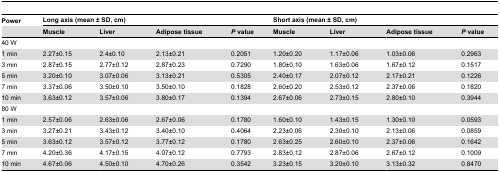
<table><thead><tr><td><b>Power</b></td><td colspan="4"><b>Long axis (mean ± SD, cm)</b></td><td colspan="4"><b>Short axis (mean ± SD, cm)</b></td></tr><tr><td></td><td><b>Muscle</b></td><td><b>Liver</b></td><td><b>Adipose tissue</b></td><td><b><i>P</i> value</b></td><td><b>Muscle</b></td><td><b>Liver</b></td><td><b>Adipose tissue</b></td><td><b><i>P</i> value</b></td></tr></thead><tbody><tr><td>40 W</td><td></td><td></td><td></td><td></td><td></td><td></td><td></td><td></td></tr><tr><td>1 min</td><td>2.27±0.15</td><td>2.4±0.10</td><td>2.13±0.21</td><td>0.2051</td><td>1.20±0.20</td><td>1.17±0.06</td><td>1.03±0.06</td><td>0.2963</td></tr><tr><td>3 min</td><td>2.87±0.15</td><td>2.77±0.12</td><td>2.87±0.23</td><td>0.7290</td><td>1.80±0.10</td><td>1.63±0.06</td><td>1.67±0.12</td><td>0.1517</td></tr><tr><td>5 min</td><td>3.20±0.10</td><td>3.07±0.06</td><td>3.13±0.21</td><td>0.5305</td><td>2.40±0.17</td><td>2.07±0.12</td><td>2.17±0.21</td><td>0.1226</td></tr><tr><td>7 min</td><td>3.37±0.06</td><td>3.50±0.10</td><td>3.50±0.10</td><td>0.1828</td><td>2.60±0.20</td><td>2.53±0.12</td><td>2.37±0.06</td><td>0.1820</td></tr><tr><td>10 min</td><td>3.63±0.12</td><td>3.57±0.06</td><td>3.80±0.17</td><td>0.1394</td><td>2.67±0.06</td><td>2.73±0.15</td><td>2.80±0.10</td><td>0.3944</td></tr><tr><td>80 W</td><td></td><td></td><td></td><td></td><td></td><td></td><td></td><td></td></tr><tr><td>1 min</td><td>2.57±0.06</td><td>2.63±0.06</td><td>2.67±0.06</td><td>0.1780</td><td>1.60±0.10</td><td>1.43±0.15</td><td>1.30±0.10</td><td>0.0593</td></tr><tr><td>3 min</td><td>3.27±0.21</td><td>3.43±0.12</td><td>3.40±0.10</td><td>0.4064</td><td>2.23±0.06</td><td>2.30±0.10</td><td>2.13±0.06</td><td>0.0859</td></tr><tr><td>5 min</td><td>3.63±0.12</td><td>3.57±0.12</td><td>3.77±0.12</td><td>0.1780</td><td>2.63±0.25</td><td>2.60±0.10</td><td>2.37±0.06</td><td>0.1642</td></tr><tr><td>7 min</td><td>4.20±0.36</td><td>4.17±0.15</td><td>4.07±0.12</td><td>0.7793</td><td>2.83±0.12</td><td>2.87±0.06</td><td>2.67±0.12</td><td>0.1009</td></tr><tr><td>10 min</td><td>4.67±0.06</td><td>4.50±0.10</td><td>4.70±0.26</td><td>0.3542</td><td>3.23±0.15</td><td>3.20±0.10</td><td>3.13±0.32</td><td>0.8470</td></tr></tbody></table>